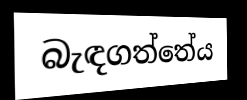
බැඳගත්තේය